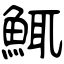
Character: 鮿